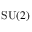
\operatorname { S U } ( 2 )